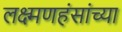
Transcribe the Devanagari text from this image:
लक्ष्मणहंसांच्या